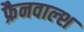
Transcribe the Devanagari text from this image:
फ्रैनवाल्श